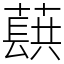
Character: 蕻